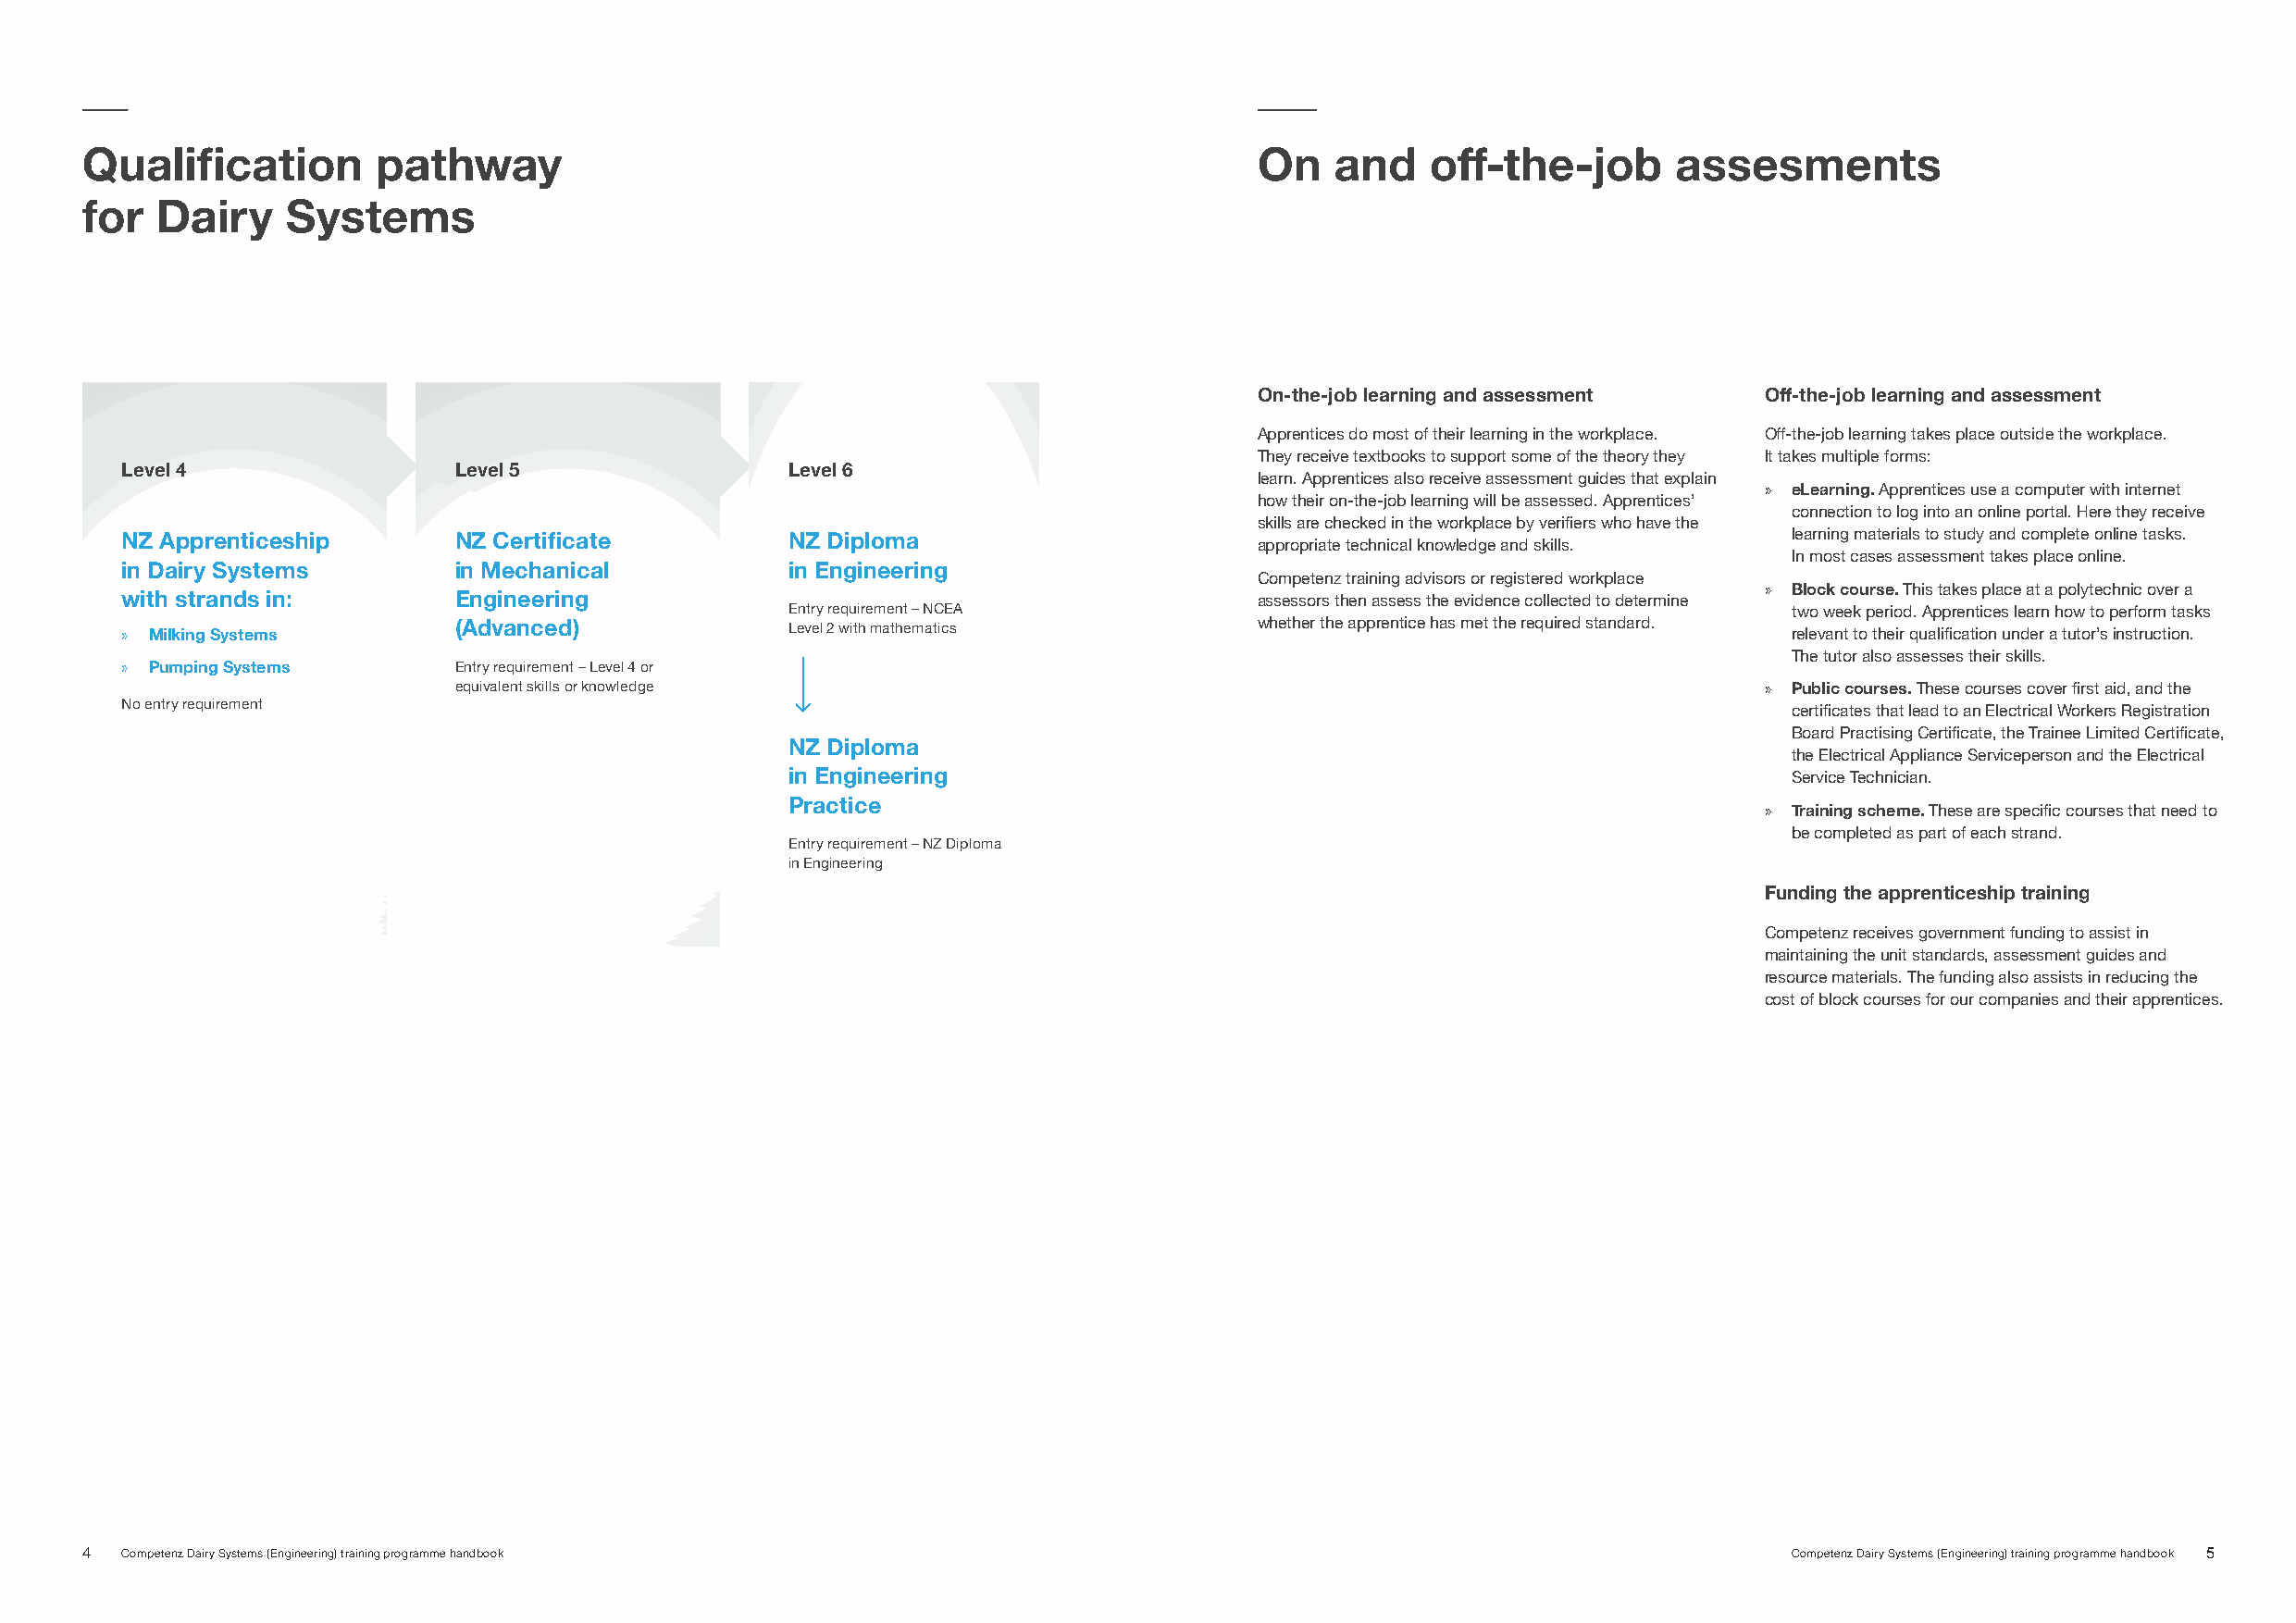
Qualification        pathway                                                        On   and    off-the-job       assesments
 for  Dairy    Systems
 On-the-job learning and assessment  Off-the-job learning and assessment
 Apprentices do most of their learning in the workplace. Off-the-job learning takes place outside the workplace.
 They receive textbooks to support some of the theory they It takes multiple forms:
 Level 4                 Level 5                Level 6
 learn. Apprentices also receive assessment guides that explain
 » eLearning. Apprentices use a computer with internet
 how their on-the-job learning will be assessed. Apprentices’
 connection to log into an online portal. Here they receive
 skills are checked in the workplace by verifiers who have the
 learning materials to study and complete online tasks.
 NZ Apprenticeship       NZ Certificate         NZ Diploma                        appropriate technical knowledge and skills.
 In most cases assessment takes place online.
 in Dairy Systems        in Mechanical          in Engineering
 Competenz training advisors or registered workplace
 » Block course. This takes place at a polytechnic over a
 with strands in:        Engineering                                              assessors then assess the evidence collected to determine
 Entry requirement – NCEA                                                two week period. Apprentices learn how to perform tasks
 » Milking Systems       (Advanced)             Level 2 with mathematics          whether the apprentice has met the required standard. relevant to their qualification under a tutor’s instruction.
 The tutor also assesses their skills.
 » Pumping Systems       Entry requirement – Level 4 or
 equivalent skills or knowledge                                                               » Public courses. These courses cover first aid, and the
 No entry requirement
 certificates that lead to an Electrical Workers Registration
 Board Practising Certificate, the Trainee Limited Certificate,
 NZ Diploma
 the Electrical Appliance Serviceperson and the Electrical
 in Engineering                                                          Service Technician.
 Practice                                                              » Training scheme. These are specific courses that need to
 be completed as part of each strand.
 Entry requirement – NZ Diploma
 in Engineering
 Funding the apprenticeship training
 Competenz receives government funding to assist in
 maintaining the unit standards, assessment guides and
 resource materials. The funding also assists in reducing the
 cost of block courses for our companies and their apprentices.
 4  Competenz Dairy Systems (Engineering) training programme handbook                                                      Competenz Dairy Systems (Engineering) training programme handbook 5